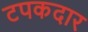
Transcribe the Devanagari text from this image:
टपकदार